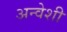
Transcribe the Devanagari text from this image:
अन्वेशी